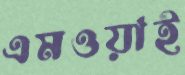
এমওয়াই